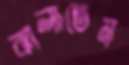
ঝালাতেম